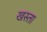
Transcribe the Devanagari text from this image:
खस्‍ता